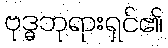
ဗုဒ္ဓဘုရားရှင်၏